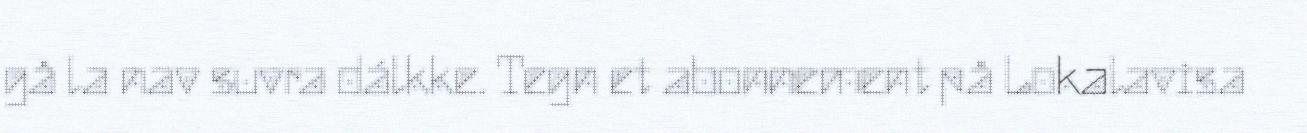
gå la nav suvra dálkke. Tegn et abonnement på Lokalavisa